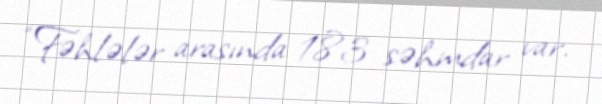
“Fəhlələr arasında 183 səhmdar var.